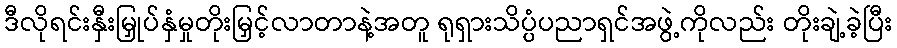
ဒီလိုရင်းနှီးမြှုပ်နှံမှုတိုးမြှင့်လာတာနဲ့အတူ ရုရှားသိပ္ပံပညာရှင်အဖွဲ့ကိုလည်း တိုးချဲ့ခဲ့ပြီး